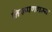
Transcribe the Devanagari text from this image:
निरूपणगम्य